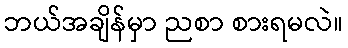
ဘယ်အချိန်မှာ ညစာ စားရမလဲ။